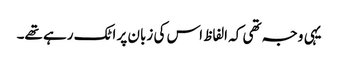
یہی وجہ تھی کہ الفاظ اس کی زبان پر اٹک رہے تھے۔